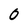
Character: 0